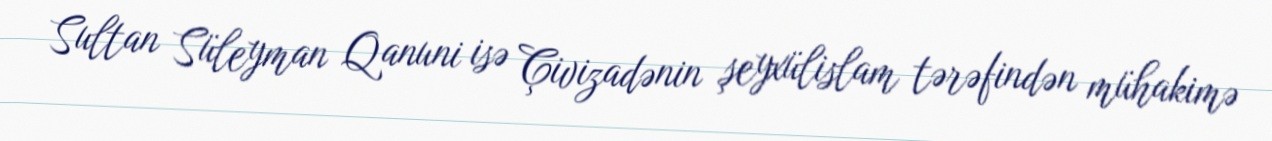
Sultan Süleyman Qanuni isə Çivizadənin şeyxülislam tərəfindən mühakimə